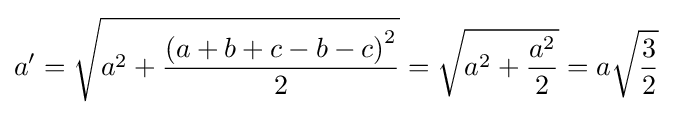
a'={\sqrt {a^{2}+{\frac {{(a+b+c-b-c)}^{2}}{2}}}}={\sqrt {a^{2}+{\frac {a^{2}}{2}}}}=a{\sqrt {\frac {3}{2}}}